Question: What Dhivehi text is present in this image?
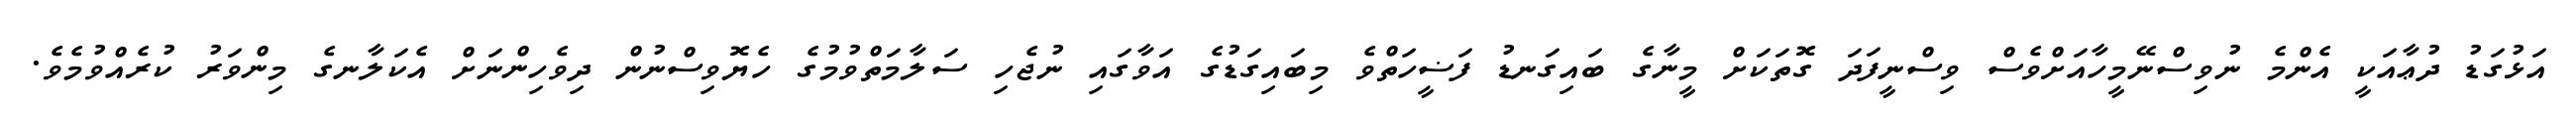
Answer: އަޅުގަޑު ދުޢާއަކީ އެންމެ ނުވިސްނޭމީހާއަށްވެސް ވިސްނީފަދަ ގޮތަކަށް މީނާގެ ބައިގަނޑު ފަޟީހަތްވެ މިބައިގަޑުގެ އަވާގައި ނުޖެހި ސަލާމަތްވުމުގެ ހެޔޮވިސްނުން ދިވެހިންނަށް އެކަލާނގެ މިންވަރު ކުރެއްވުމެވެ.